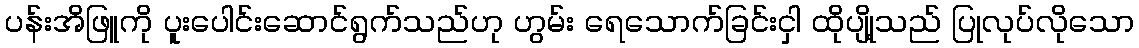
ပန်းအိဖြူကို ပူးပေါင်းဆောင်ရွက်သည်ဟု ဟွမ်း ရေသောက်ခြင်းငှါ ထိုပျို့သည် ပြုလုပ်လိုသော